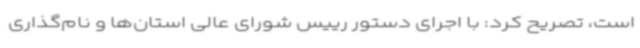
است، تصریح کرد: با اجرای دستور رییس شورای عالی استان‌ها و نام‌گذاری